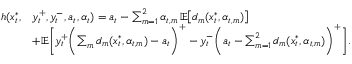
\begin{array} { r l } { h ( x _ { t } ^ { * } , } & { y _ { t } ^ { + } , y _ { t } ^ { - } , a _ { t } , \alpha _ { t } ) = a _ { t } - \sum _ { m = 1 } ^ { 2 } \alpha _ { t , m } \, \mathbb { E } \bigl [ d _ { m } ( x _ { t } ^ { * } , \alpha _ { t , m } ) \bigr ] } \\ & { + \mathbb { E } \biggl [ y _ { t } ^ { + } \biggl ( \sum _ { m } d _ { m } ( x _ { t } ^ { * } , \alpha _ { t , m } ) - a _ { t } \biggr ) ^ { + } - y _ { t } ^ { - } \biggl ( a _ { t } - \sum _ { m = 1 } ^ { 2 } d _ { m } ( x _ { t } ^ { * } , \alpha _ { t , m } ) \biggr ) ^ { + } \biggr ] . } \end{array}